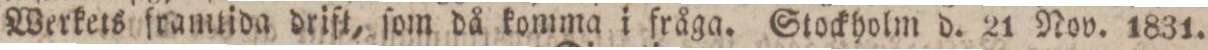
Werkets framtida drift, ſom då komma i fråga. Stockholm d. 21 Nov. 1831.